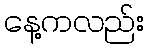
နေ့ကလည်း